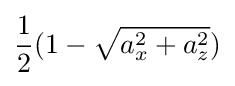
{\frac {1}{2}}(1-{\sqrt {a_{x}^{2}+a_{z}^{2}}})